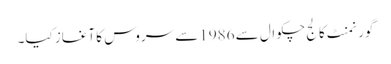
گورنمنٹ کالج چکوال سے 1986سے سروس کا آغاز کیا۔